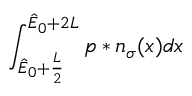
\int _ { \hat { E } _ { 0 } + \frac { L } { 2 } } ^ { \hat { E } _ { 0 } + 2 L } p \ast n _ { \sigma } ( x ) d x